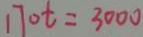
1 7 0 t = 3 0 0 0